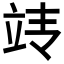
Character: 𰩢